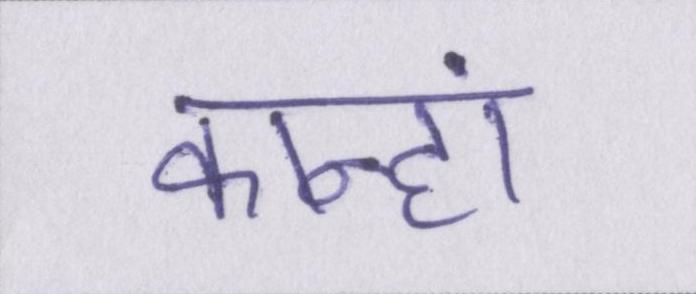
कान्हां